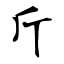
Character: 斤